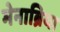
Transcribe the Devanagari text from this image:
मेनाब्रिया